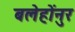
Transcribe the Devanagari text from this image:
बलेहोंनुर